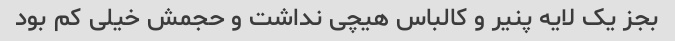
بجز یک لایه پنیر و کالباس هیچی نداشت و حجمش خیلی کم بود